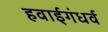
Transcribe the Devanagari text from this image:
हवाईगंधर्व